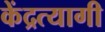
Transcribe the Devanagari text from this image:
केंद्रत्यागी